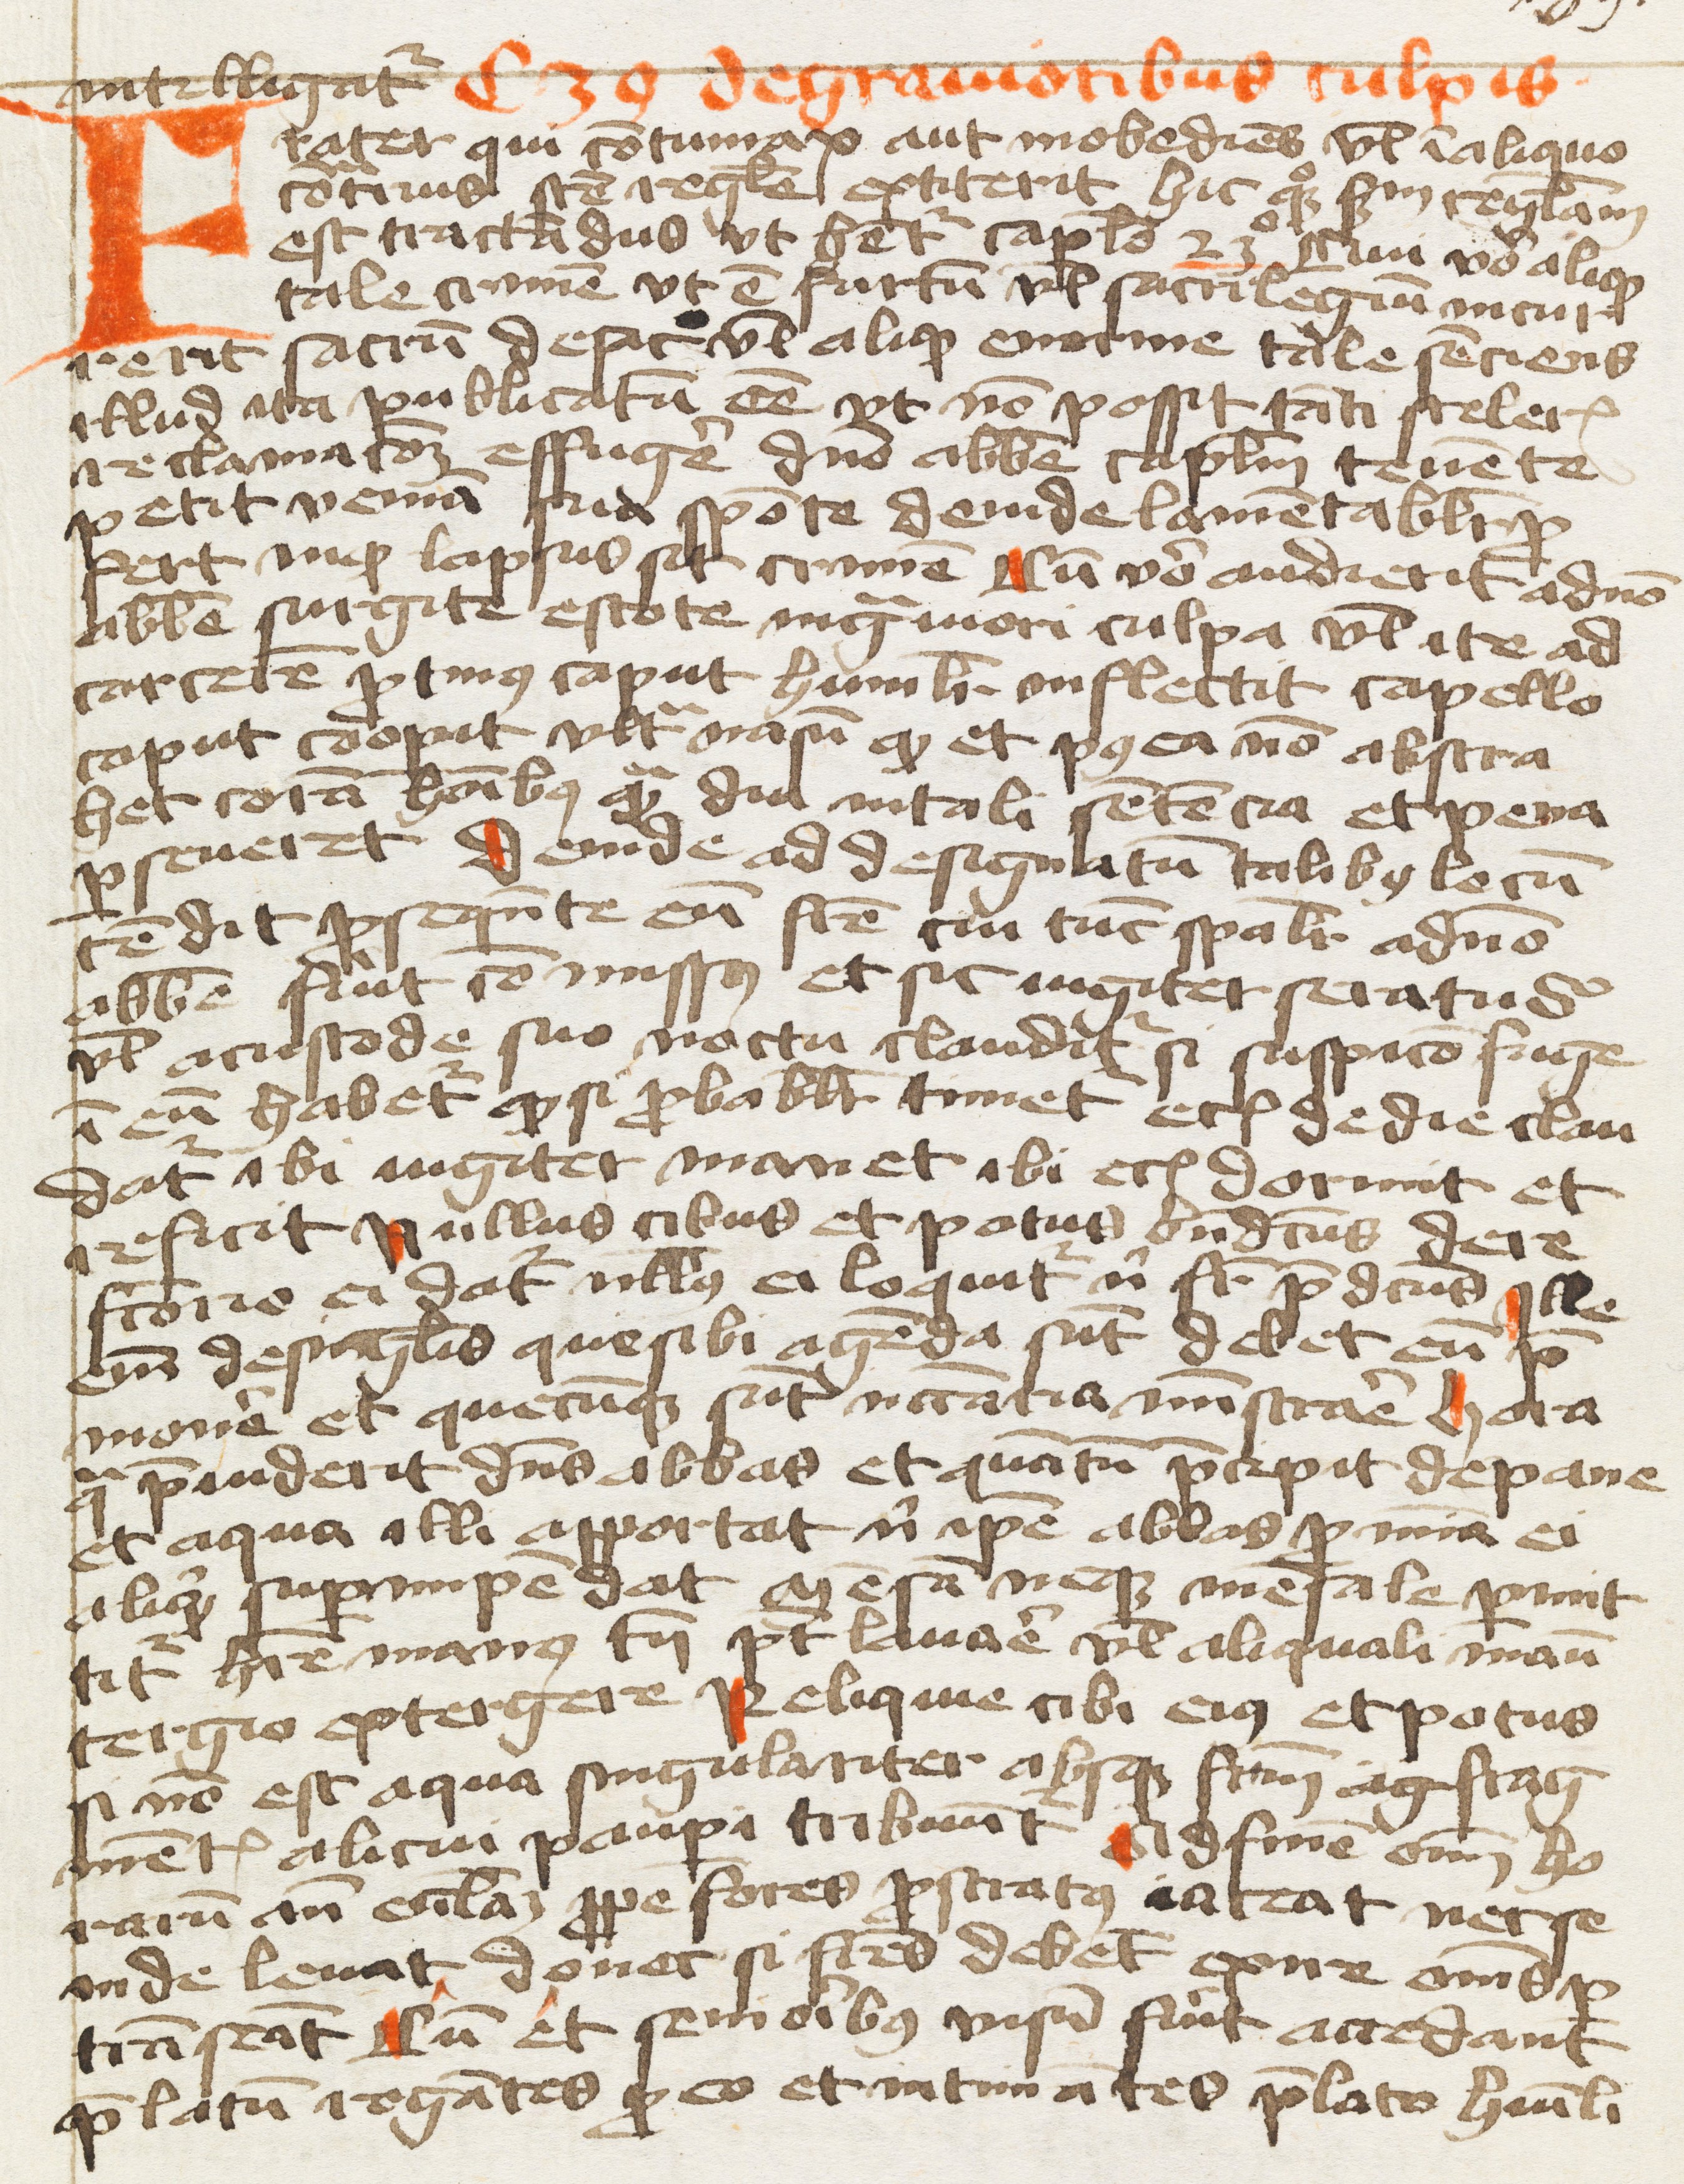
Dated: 1400–1499